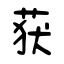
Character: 获